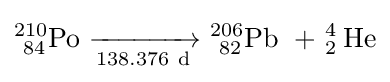
\mathrm {^{210}_{\ 84}Po\ {\xrightarrow[{138.376\ d}]{}}\ _{\ 82}^{206}Pb\ +_{\ 2}^{\ 4}He}